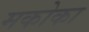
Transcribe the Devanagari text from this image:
मकोका